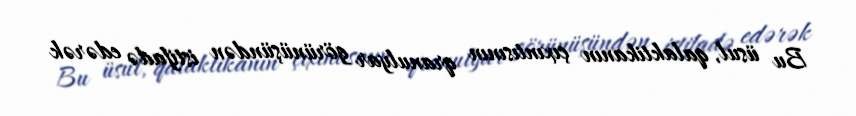
Bu üsul, qalaktikanın çıxıntısının qranulyar görünüşündən istifadə edərək